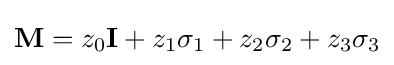
\mathbf {M} =z_{0}\mathbf {I} +z_{1}\sigma _{1}+z_{2}\sigma _{2}+z_{3}\sigma _{3}